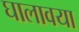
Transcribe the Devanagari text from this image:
घालावया